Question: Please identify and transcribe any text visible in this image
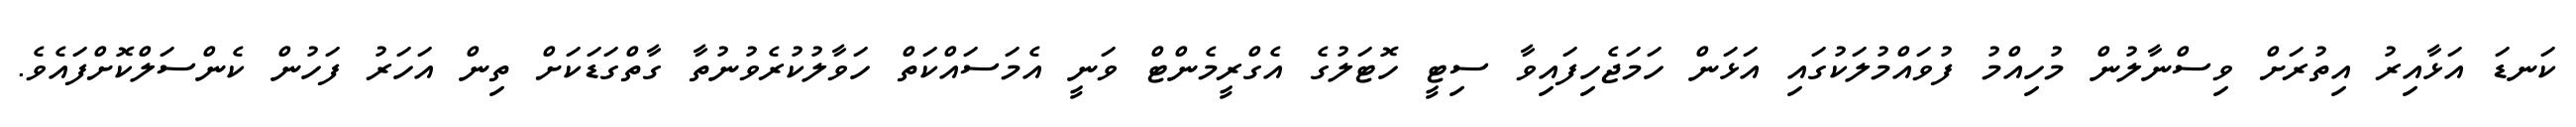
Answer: ކަނޑަ އަޅާއިރު އިތުރަށް ވިސްނާލުން މުހިއްމު ފުވައްމުލަކުގައި އަޅަން ހަމަޖެހިފައިވާ ސިޓީ ހޮޓަލުގެ އެގްރީމެންޓް ވަނީ އެމަސައްކަތް ހަވާލުކުރެވުނުތާ ގާތްގަޑަކަށް ތިން އަހަރު ފަހުން ކެންސަލްކޮށްފައެވެ.